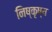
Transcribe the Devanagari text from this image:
निष्कृष्य